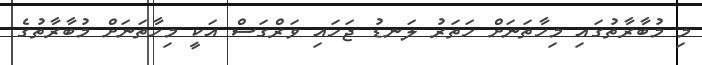
މި މުބާރާތުގައި މިހާތަނަށް ހަތަރު ލަނޑު ޖަހައި ވަރްގަސް އަކީ މިހާތަނަށް މުބާރާތުގެ